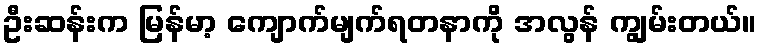
ဦးဆန်းက မြန်မာ့ ကျောက်မျက်ရတနာကို အလွန် ကျွမ်းတယ်။